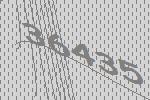
36435